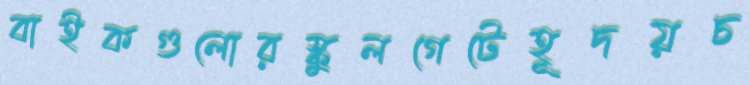
বাইকগুলোরস্কুলগেটেহূদয়চ